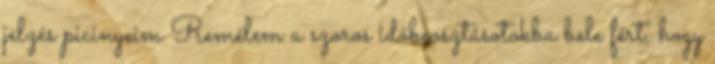
jelzés picinyeim Remélem a szoros időbeosztásotokba bele fért, hogy